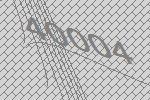
40004